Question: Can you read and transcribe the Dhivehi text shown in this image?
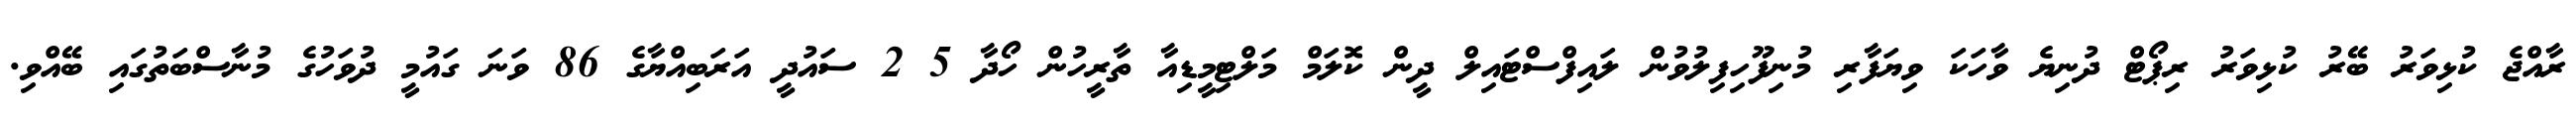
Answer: ރާއްޖެ ކުޅިވަރު ބޭރު ކުޅިވަރު ރިޕޯޓް ދުނިޔެ ވާހަކަ ވިޔަފާރި މުނިފޫހިފިލުވުން ލައިފްސްޓައިލް ދީން ކޮލަމް މަލްޓިމީޑިއާ ތާރީހުން ހޯދާ 5 2 ސައުދީ އަރަބިއްޔާގެ 86 ވަނަ ގައުމީ ދުވަހުގެ މުނާސްބަތުގައި ބޭއްވި.